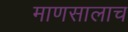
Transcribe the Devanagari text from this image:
माणसालाच